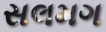
સલમગ